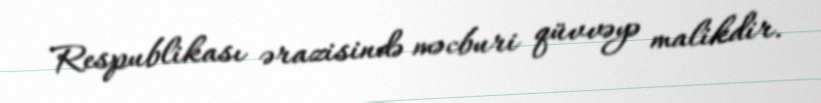
Respublikası ərazisində məcburi qüvvəyə malikdir.